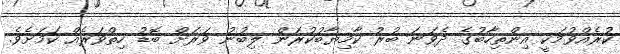
ކުރެއްވުމަކީ އިންތިހާބުގެ ދެވަނަ ބުރު ކާމިޔާބުކުރަން ލިބުނު ވަރަށް ބޮޑު ހިތްވަރެއް ކަމަށެވެ.